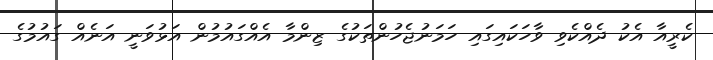
ކެރީއާ އެކު ދެއްކެވި ވާހަކައިގައި ހަމަނުޖެހުންތަކުގެ ޒިންމާ އެއްގައުމުން އަޅުވަނީ އަނެއް ގައުމުގެ